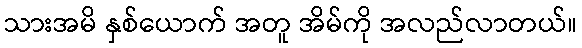
သားအမိ နှစ်ယောက် အတူ အိမ်ကို အလည်လာတယ်။